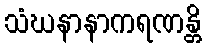
သံဃနာနာကရဏန္တိ